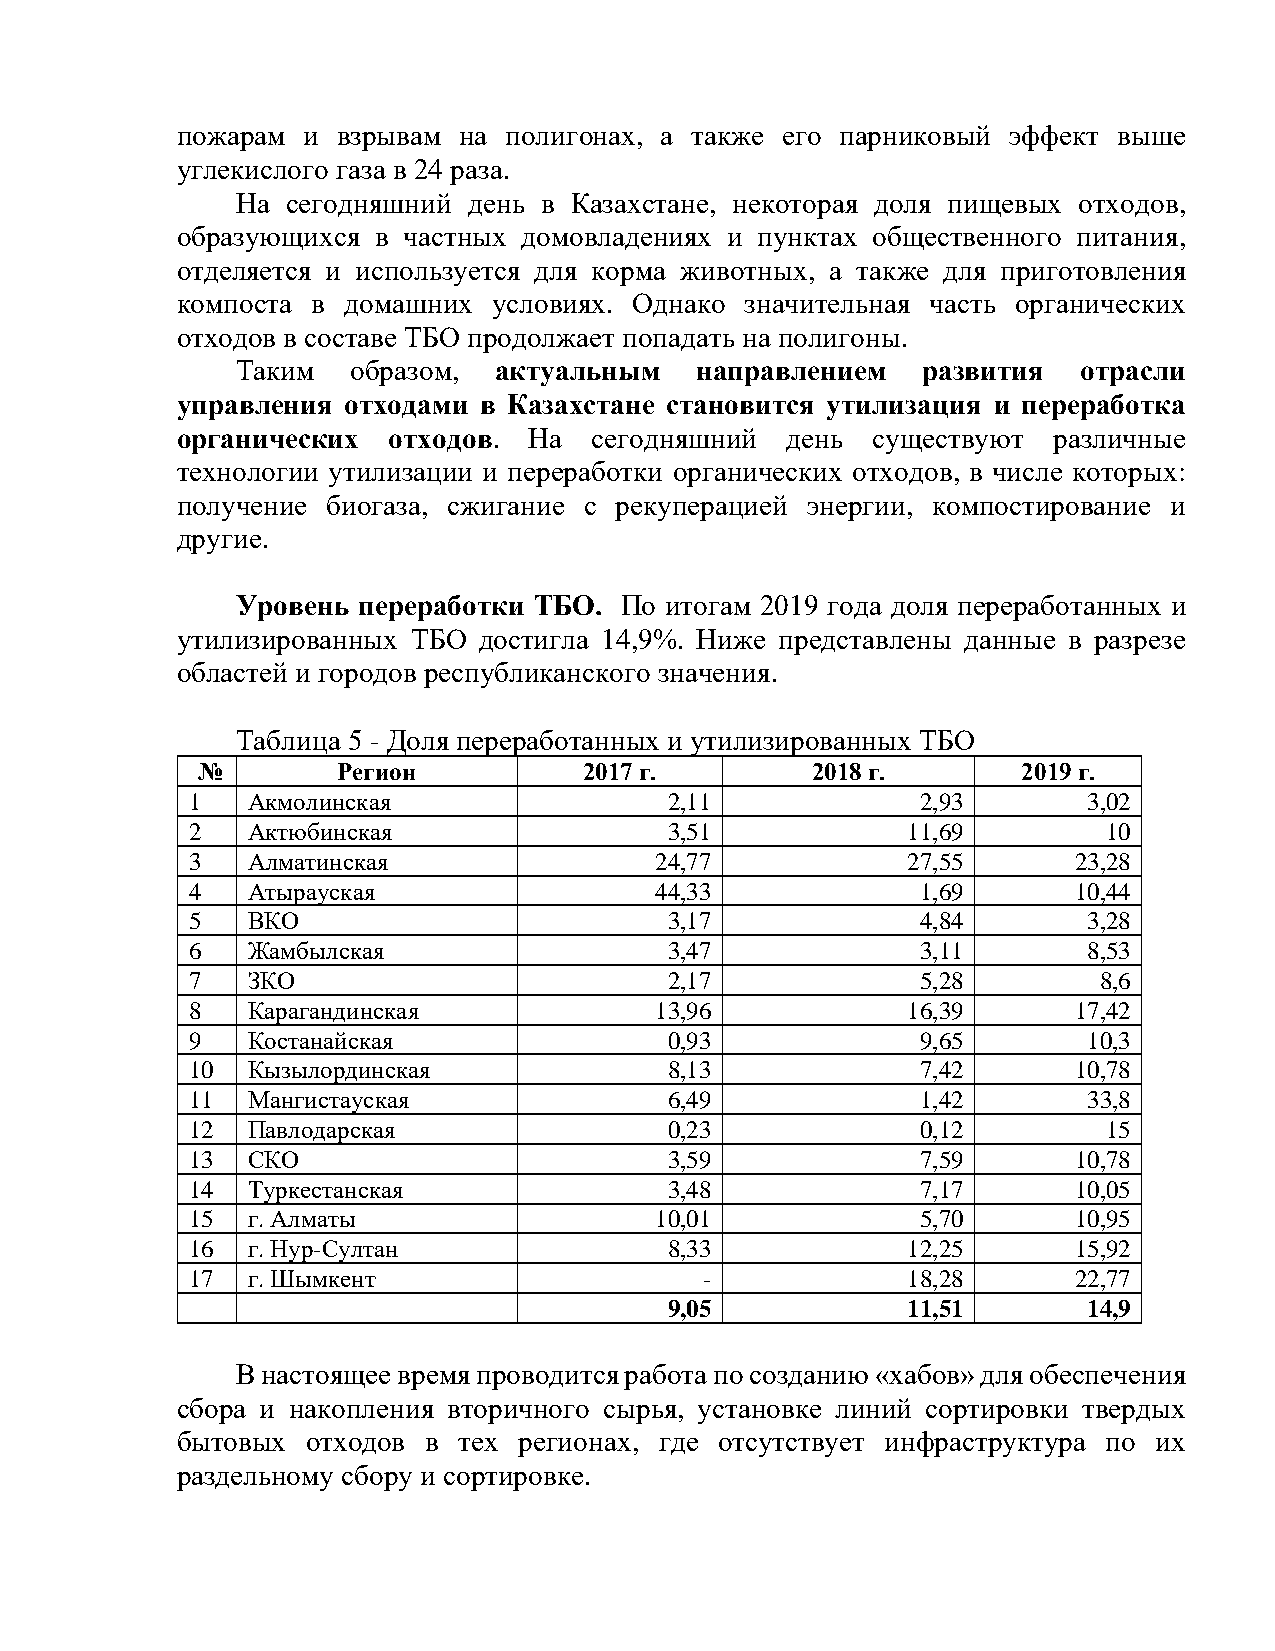
пожарам и взрывам на полигонах, а также его парниковый эффект выше
 углекислого газа в 24 раза.
 На сегодняшний день в Казахстане, некоторая доля пищевых отходов,
 образующихся в частных домовладениях и пунктах общественного питания,
 отделяется и используется для корма животных, а также для приготовления
 компоста в домашних  условиях. Однако значительная часть органических
 отходов в составе ТБО продолжает попадать на полигоны.
 Таким  образом,  актуальным   направлением   развития   отрасли
 управления отходами в Казахстане становится утилизация и переработка
 органических  отходов. На  сегодняшний  день  существуют  различные
 технологии утилизации и переработки органических отходов, в числе которых:
 получение биогаза, сжигание с рекуперацией энергии, компостирование и
 другие.
 Уровень переработки ТБО. По итогам 2019 года доля переработанных и
 утилизированных ТБО достигла 14,9%. Ниже представлены данные в разрезе
 областей и городов республиканского значения.
 Таблица 5 - Доля переработанных и утилизированных ТБО
 №        Регион           2017 г.        2018 г.       2019 г.
 1  Акмолинская                 2,11             2,93       3,02
 2  Актюбинская                 3,51            11,69        10
 3  Алматинская                24,77            27,55      23,28
 4  Атырауская                 44,33             1,69      10,44
 5  ВКО                         3,17             4,84       3,28
 6  Жамбылская                  3,47             3,11       8,53
 7  ЗКО                         2,17             5,28        8,6
 8  Карагандинская             13,96            16,39      17,42
 9  Костанайская                0,93             9,65       10,3
 10 Кызылординская              8,13             7,42      10,78
 11 Мангистауская               6,49             1,42       33,8
 12 Павлодарская                0,23             0,12        15
 13 СКО                         3,59             7,59      10,78
 14 Туркестанская               3,48             7,17      10,05
 15 г. Алматы                  10,01             5,70      10,95
 16 г. Нур-Султан               8,33            12,25      15,92
 17 г. Шымкент                     -            18,28      22,77
 9,05            11,51       14,9
 В настоящее время проводится работа по созданию «хабов» для обеспечения
 сбора и накопления вторичного сырья, установке линий сортировки твердых
 бытовых отходов в тех регионах, где отсутствует инфраструктура по их
 раздельному сбору и сортировке.